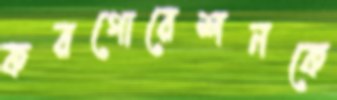
করপোরেশনকে